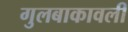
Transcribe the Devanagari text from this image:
गुलबाकावली